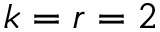
k = r = 2